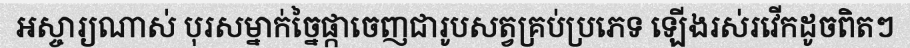
អស្ចារ្យណាស់ បុរសម្នាក់ច្នៃផ្កាចេញជារូបសត្វគ្រប់ប្រភេទ ឡើងរស់រវើកដូចពិតៗ